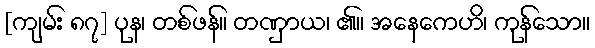
[ကျမ်း ၈၇] ပုန၊ တစ်ဖန်။ တဏှာယ၊ ၏။ အနေကေဟိ၊ ကုန်သော။